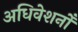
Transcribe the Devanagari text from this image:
अधिवेशनोँ